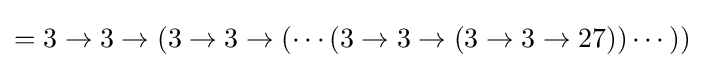
=3\rightarrow 3\rightarrow (3\rightarrow 3\rightarrow (\cdots (3\rightarrow 3\rightarrow (3\rightarrow 3\rightarrow 27))\cdots ))